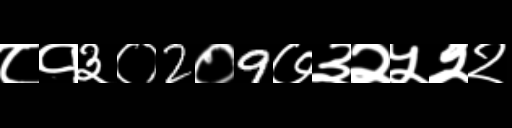
Text: ८१३०2०9७३२५२२